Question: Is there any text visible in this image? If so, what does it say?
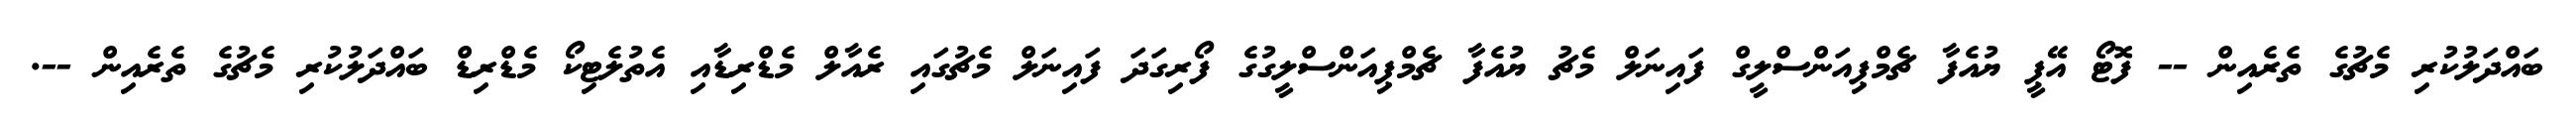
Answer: ބައްދަލުކުރި މެޗުގެ ތެރެއިން -- ފޮޓޯ އޭޕީ ޔުއެފާ ޗެމްޕިއަންސްލީގް ފައިނަލް މެޗު ޔުއެފާ ޗެމްޕިއަންސްލީގުގެ ފޯރިގަދަ ފައިނަލް މެޗުގައި ރެއާލް މެޑްރިޑާއި އެތުލެޓިކޯ މެޑްރިޑް ބައްދަލުކުރި މެޗުގެ ތެރެއިން --.